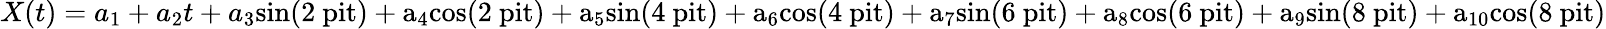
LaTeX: X(t)=a_{1}+a_{2}t+a_{3}\mathrm{{sin}(2\ pit)+a_{4}\mathrm{{cos}(2\ pit)+a_{5}\mathrm{{sin}(4\ pit)+a_{6}\mathrm{{cos}(4\ pit)+a_{7}\mathrm{{sin}(6\ pit)+a_{8}\mathrm{{cos}(6\ pit)+a_{9}\mathrm{{sin}(8\ pit)+a_{10}\mathrm{{cos}(8\ pit)}}}}}}}}